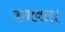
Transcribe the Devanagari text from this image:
बगावत।